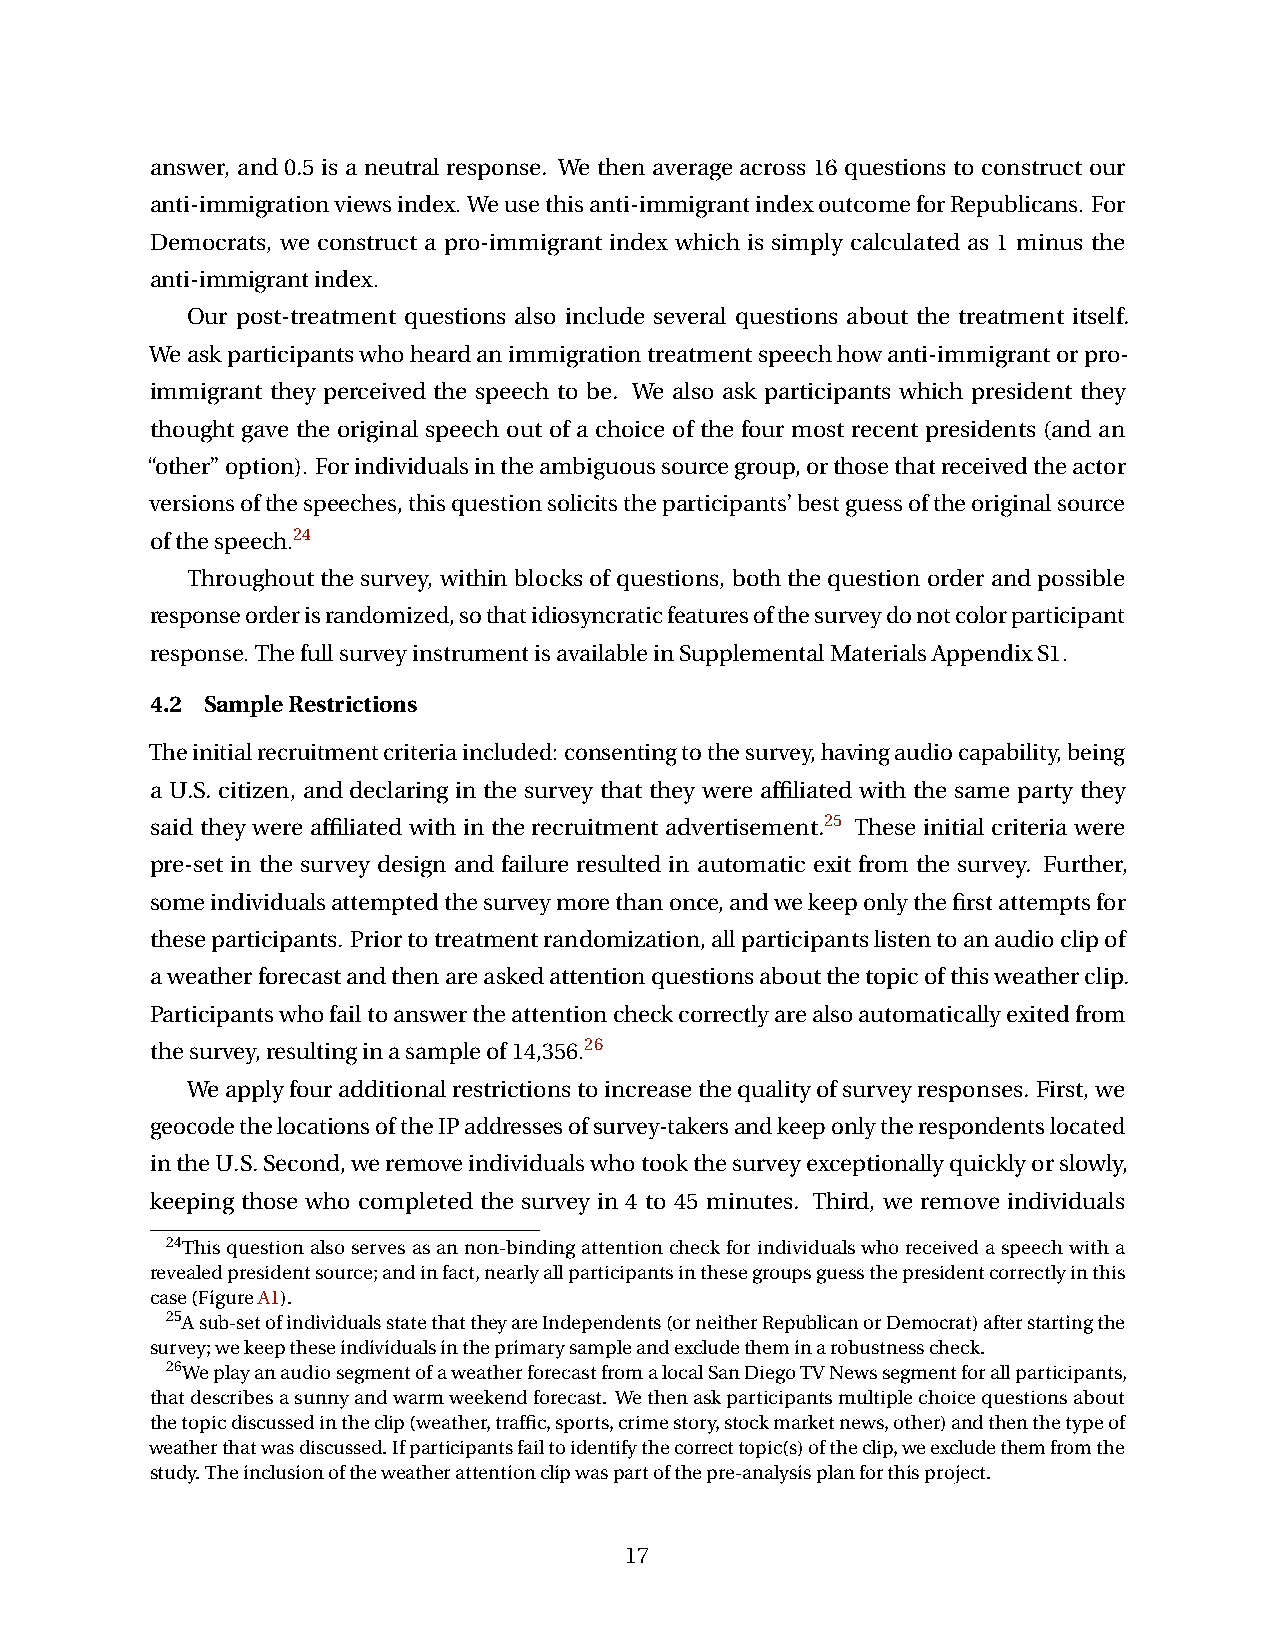
answer, and 0.5 is a neutral response. We then average across 16 questions to construct our
 anti-immigrationviewsindex. Weusethisanti-immigrantindexoutcomeforRepublicans. For
 Democrats, we construct a pro-immigrant index which is simply calculated as 1 minus the
 anti-immigrantindex.
 Our post-treatment questions also include several questions about the treatment itself.
 Weaskparticipantswhoheardanimmigrationtreatmentspeechhowanti-immigrantorpro-
 immigrant they perceived the speech to be. We also ask participants which president they
 thought gave the original speech out of a choice of the four most recent presidents (and an
 “other”option). Forindividualsintheambiguoussourcegroup,orthosethatreceivedtheactor
 versionsofthespeeches,thisquestionsolicitstheparticipants’bestguessoftheoriginalsource
 ofthespeech.24
 Throughoutthesurvey, withinblocksofquestions, boththequestionorderandpossible
 responseorderisrandomized,sothatidiosyncraticfeaturesofthesurveydonotcolorparticipant
 response. ThefullsurveyinstrumentisavailableinSupplementalMaterialsAppendixS1.
 4.2 SampleRestrictions
 Theinitialrecruitmentcriteriaincluded: consentingtothesurvey,havingaudiocapability,being
 a U.S. citizen, and declaring in the survey that they were affiliated with the same party they
 said they were affiliated with in the recruitment advertisement.25 These initial criteria were
 pre-set in the survey design and failure resulted in automatic exit from the survey. Further,
 someindividualsattemptedthesurveymorethanonce,andwekeeponlythefirstattemptsfor
 theseparticipants. Priortotreatmentrandomization,allparticipantslistentoanaudioclipof
 aweatherforecastandthenareaskedattentionquestionsaboutthetopicofthisweatherclip.
 Participantswhofailtoanswertheattentioncheckcorrectlyarealsoautomaticallyexitedfrom
 thesurvey,resultinginasampleof14,356.26
 Weapplyfouradditionalrestrictionstoincreasethequalityofsurveyresponses. First,we
 geocodethelocationsoftheIPaddressesofsurvey-takersandkeeponlytherespondentslocated
 intheU.S.Second,weremoveindividualswhotookthesurveyexceptionallyquicklyorslowly,
 keeping those who completed the survey in 4 to 45 minutes. Third, we remove individuals
 24Thisquestionalsoservesasannon-bindingattentioncheckforindividualswhoreceivedaspeechwitha
 revealedpresidentsource;andinfact,nearlyallparticipantsinthesegroupsguessthepresidentcorrectlyinthis
 case(FigureA1).
 25Asub-setofindividualsstatethattheyareIndependents(orneitherRepublicanorDemocrat)afterstartingthe
 survey;wekeeptheseindividualsintheprimarysampleandexcludetheminarobustnesscheck.
 26WeplayanaudiosegmentofaweatherforecastfromalocalSanDiegoTVNewssegmentforallparticipants,
 thatdescribesasunnyandwarmweekendforecast. Wethenaskparticipantsmultiplechoicequestionsabout
 thetopicdiscussedintheclip(weather,traffic,sports,crimestory,stockmarketnews,other)andthenthetypeof
 weatherthatwasdiscussed.Ifparticipantsfailtoidentifythecorrecttopic(s)oftheclip,weexcludethemfromthe
 study.Theinclusionoftheweatherattentionclipwaspartofthepre-analysisplanforthisproject.
 17